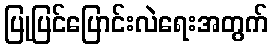
ပြုပြင်ပြောင်းလဲရေးအတွက်